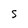
Character: S